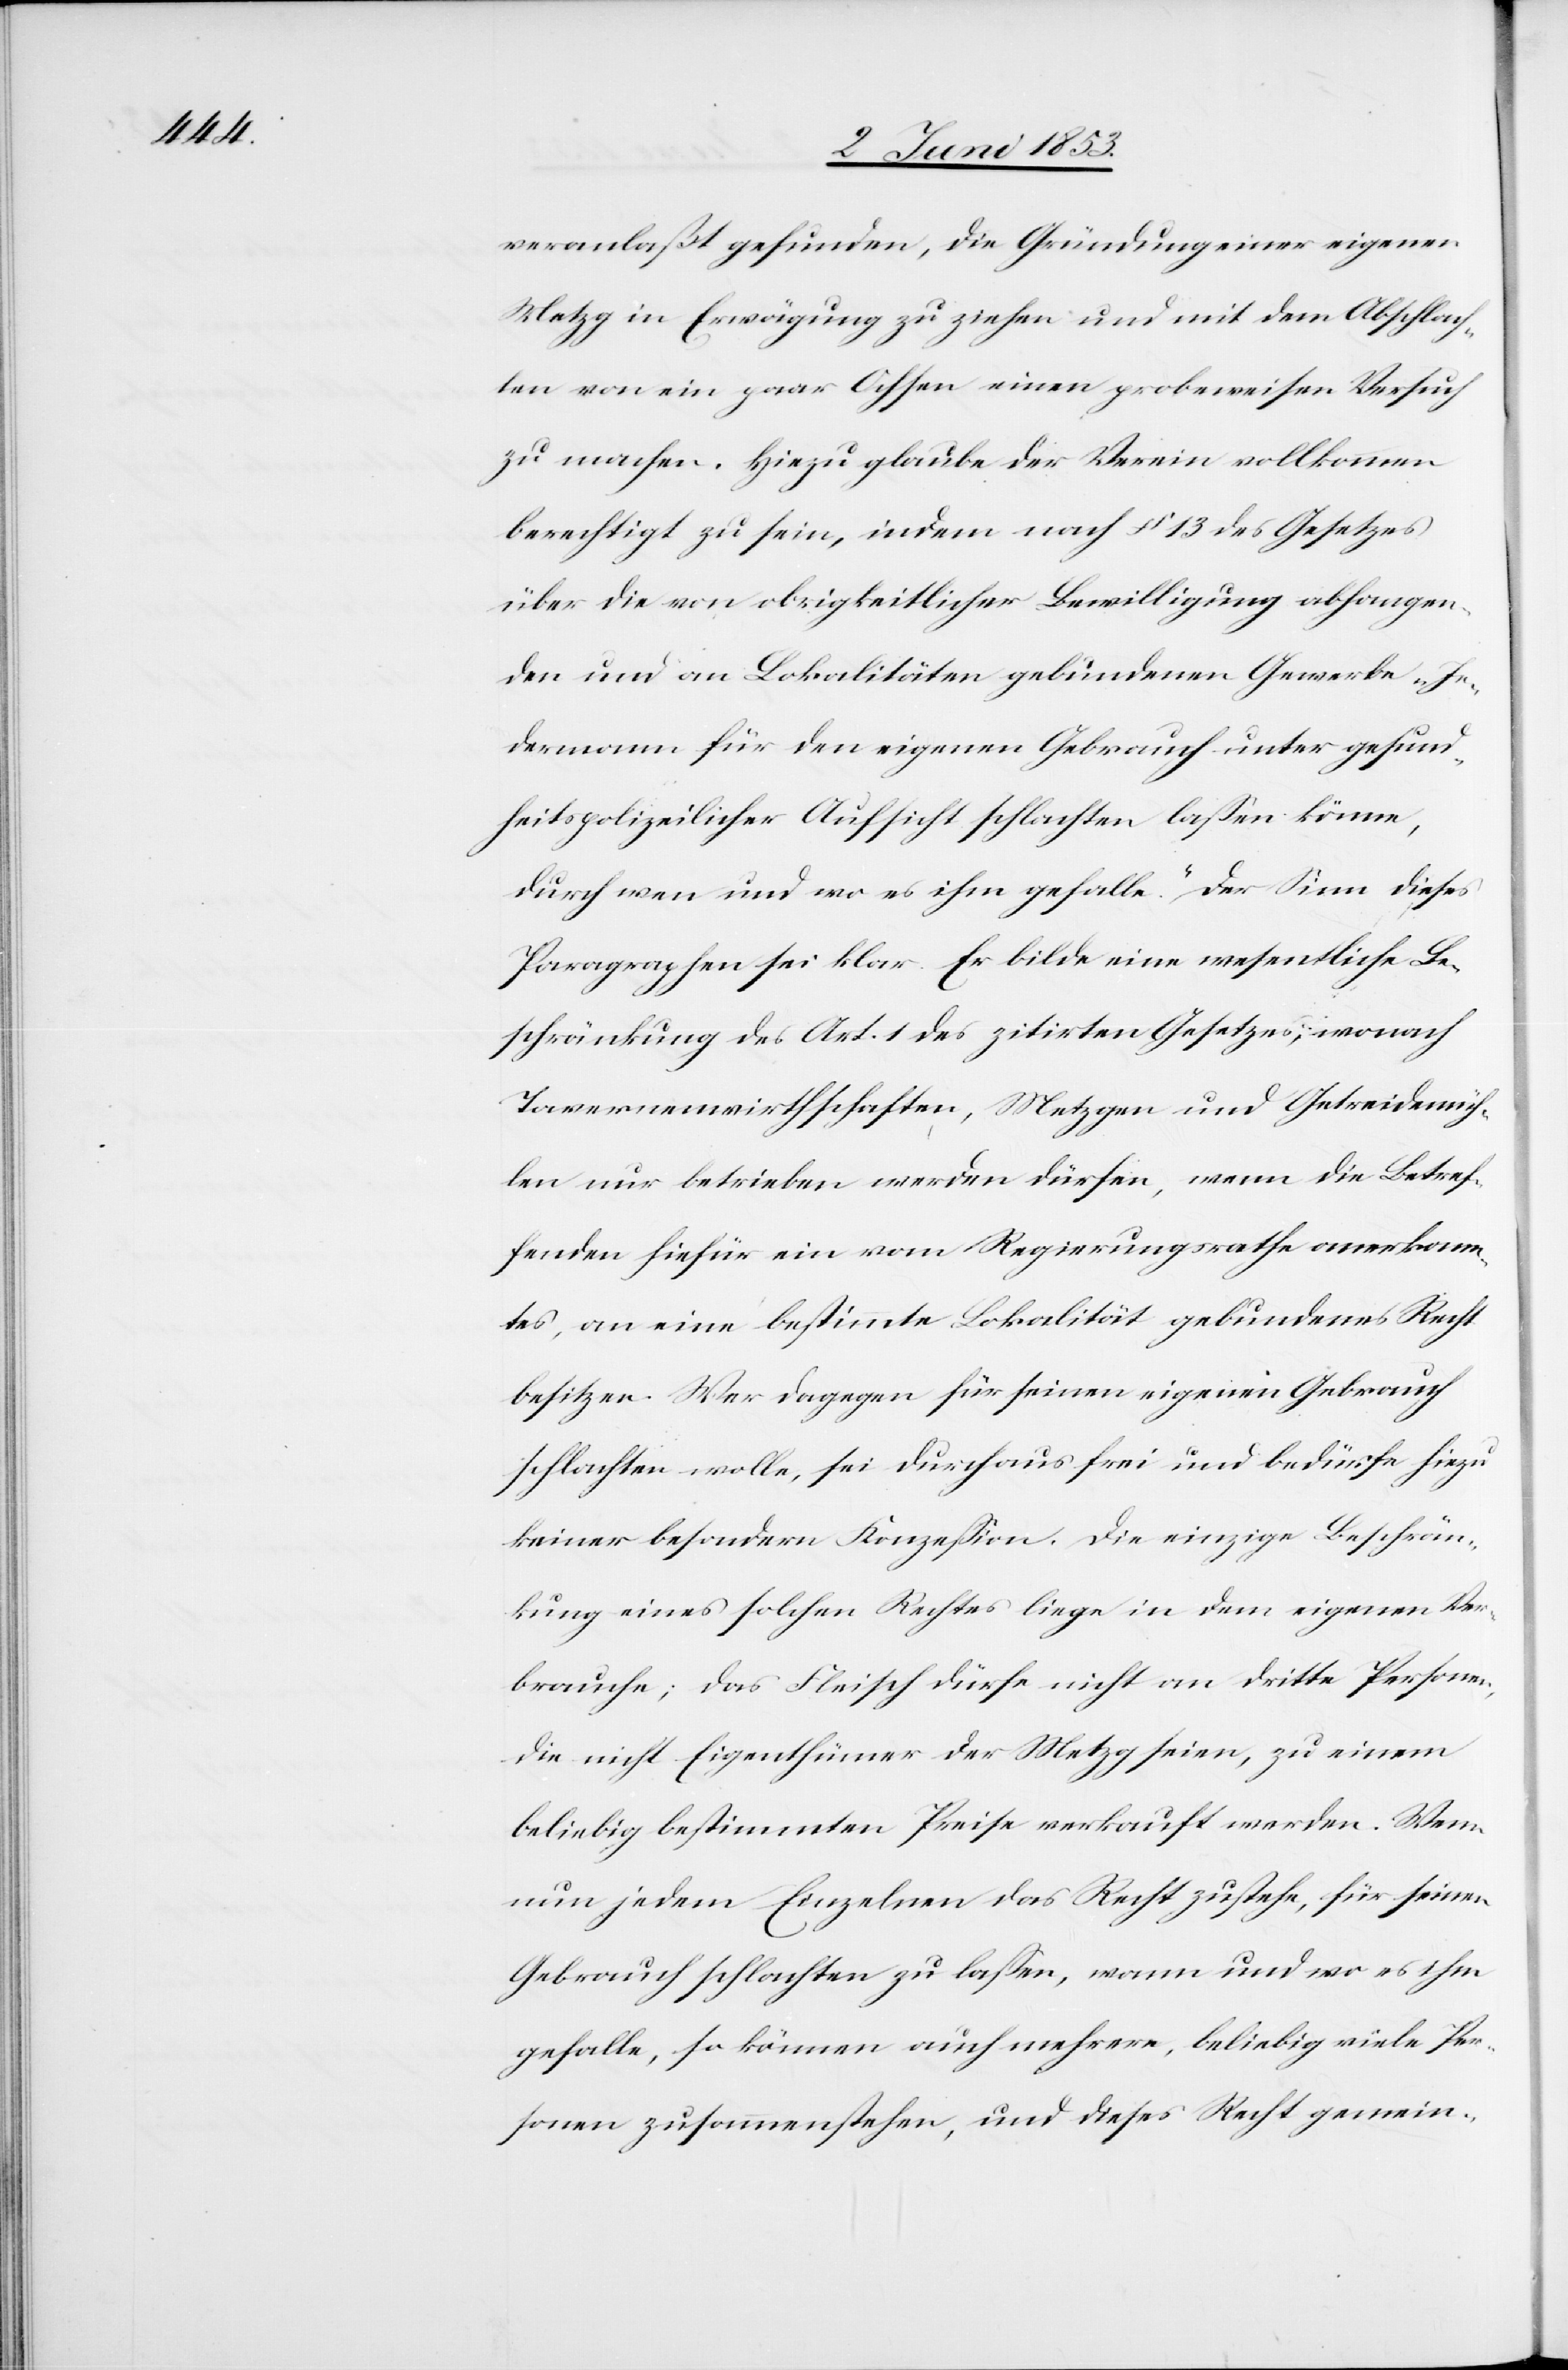
veranlaßt gefunden, die Gründung einer eigenen
Metzg in Erwägung zu ziehen und mit dem Abschlach¬
ten von ein paar Ochsen einen probeweisen Versuch
zu machen. Hiezu glaube der Verein vollkommen
berechtigt zu sein, indem nach § 13 des Gesetzes
über die von obrigkeitlicher Bewilligung abhangen¬
den und an Lokalitäten gebundenen Gewerbe „Je¬
dermann für den eigenen Gebrauch unter gesund¬
heitspolizeilicher Aufsicht schlachten laßen könne,
durch wen und wo es ihm gefalle.“ Der Sinn dieses
Paragraphen sei klar. Er bilde eine wesentliche Be¬
schränkung des Art. 1 des zitirten Gesetzes; wonach
Tavernenwirthschaften, Metzgen und Getreidemüh¬
len nur betrieben werden dürfen, wenn die Betref¬
fenden hiefür ein vom Regierungsrathe anerkann¬
tes, an eine bestimmte Lokalität gebundenes Recht
besitzen. Wer dagegen für seinen eigenen Gebrauch
schlachten wolle, sei durchaus frei und bedürfe hiezu
keiner besondern Konzeßion. Die einzige Beschrän¬
kung eines solchen Rechtes liege in dem eigenen Ver¬
brauche; das Fleisch dürfe nicht an dritte Personen,
die nicht Eigenthümer der Metzg seien, zu einem
beliebig bestimmten Preise verkauft werden. Wenn
nun jedem Einzelnen das Recht zustehe, für seinen
Gebrauch schlachten zu laßen, wann und wo es ihm
gefalle, so können auch mehrere, beliebig viele Per¬
sonen zusammenstehen, und dieses Recht gemein-